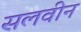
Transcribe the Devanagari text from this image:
सलवीन